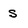
Character: S